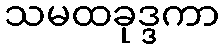
သမထခုဒ္ဒကာ